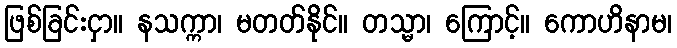
ဖြစ်ခြင်းငှာ။ နသက္ကာ၊ မတတ်နိုင်။ တသ္မာ၊ ကြောင့်။ ကောဟိနာမ၊